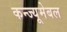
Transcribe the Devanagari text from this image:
कन्ज्यूमेबल